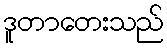
ဒူတာတေးသည်